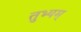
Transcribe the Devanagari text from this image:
तुभ्यम्